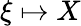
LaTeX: \xi\mapsto X